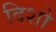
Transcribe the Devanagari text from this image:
दिशो